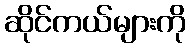
ဆိုင်ကယ်များကို